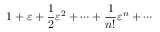
1 + \varepsilon + { \frac { 1 } { 2 } } \varepsilon ^ { 2 } + \cdots + { \frac { 1 } { n ! } } \varepsilon ^ { n } + \cdots